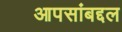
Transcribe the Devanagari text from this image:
आपसांबद्दल